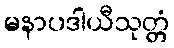
မနာပဒါယီသုတ္တံ